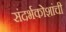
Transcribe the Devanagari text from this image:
संदर्भकोशांची